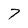
Character: 7